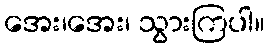
အေး၊အေး၊ သွားကြပါ။